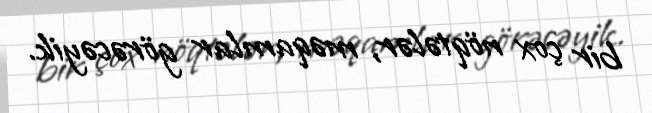
bir çox nöqtələr, məqamlar görəcəyik.